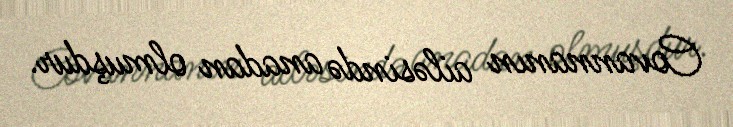
Covannanın ailəsində anadan olmuşdur.